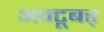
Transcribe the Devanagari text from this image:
अक्टूबर्